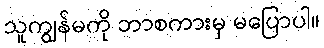
သူကျွန်မကို ဘာစကားမှ မပြောပါ။